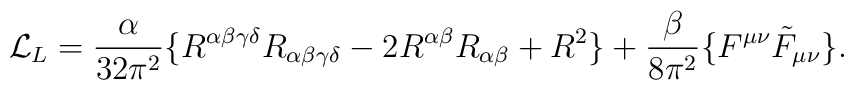
{\cal L}_L = {\alpha\over32\pi^2}              \{ R^{\alpha\beta\gamma\delta} R_{\alpha\beta\gamma\delta}	         - 2 R^{\alpha\beta} R_{\alpha\beta} + R^2 \}           + {\beta\over8\pi^2} \{ F^{\mu\nu} \tilde F_{\mu\nu} \}.